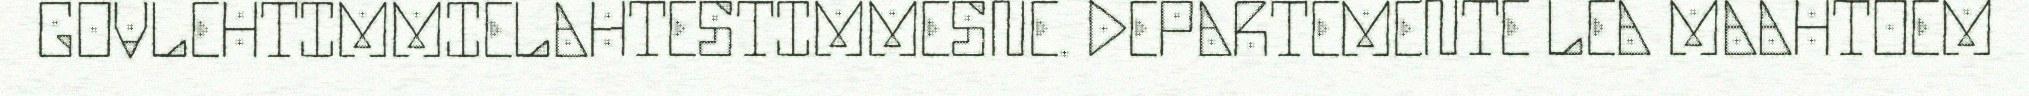
GOVLEHTIMMIELAHTESTIMMESNE. DEPARTEMENTE LEA MAAHTOEM